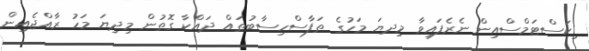
ިކަސްޓަމްސްއިން ނެރެފައިވާ މިދޔަ މަހުގެ ތަފާސްހިސާބުތައް ދައްކާ ގޮތުން މިދިޔަ މަހު ރާއްޖެއިން